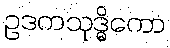
ဥဒကသုဒ္ဓိကော